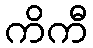
ကိကီ